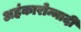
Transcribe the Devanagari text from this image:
अहंकारोन्मादी